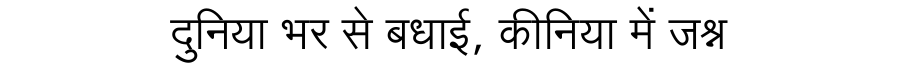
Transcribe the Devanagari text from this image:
दुनिया भर से बधाई, कीनिया में जश्न